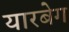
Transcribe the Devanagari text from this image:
यारबेग